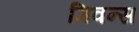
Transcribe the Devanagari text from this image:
गिवन्स